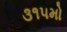
૩૧૫મો